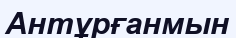
Антұрғанмын